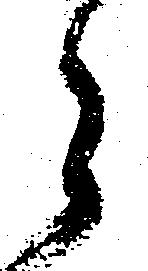
々